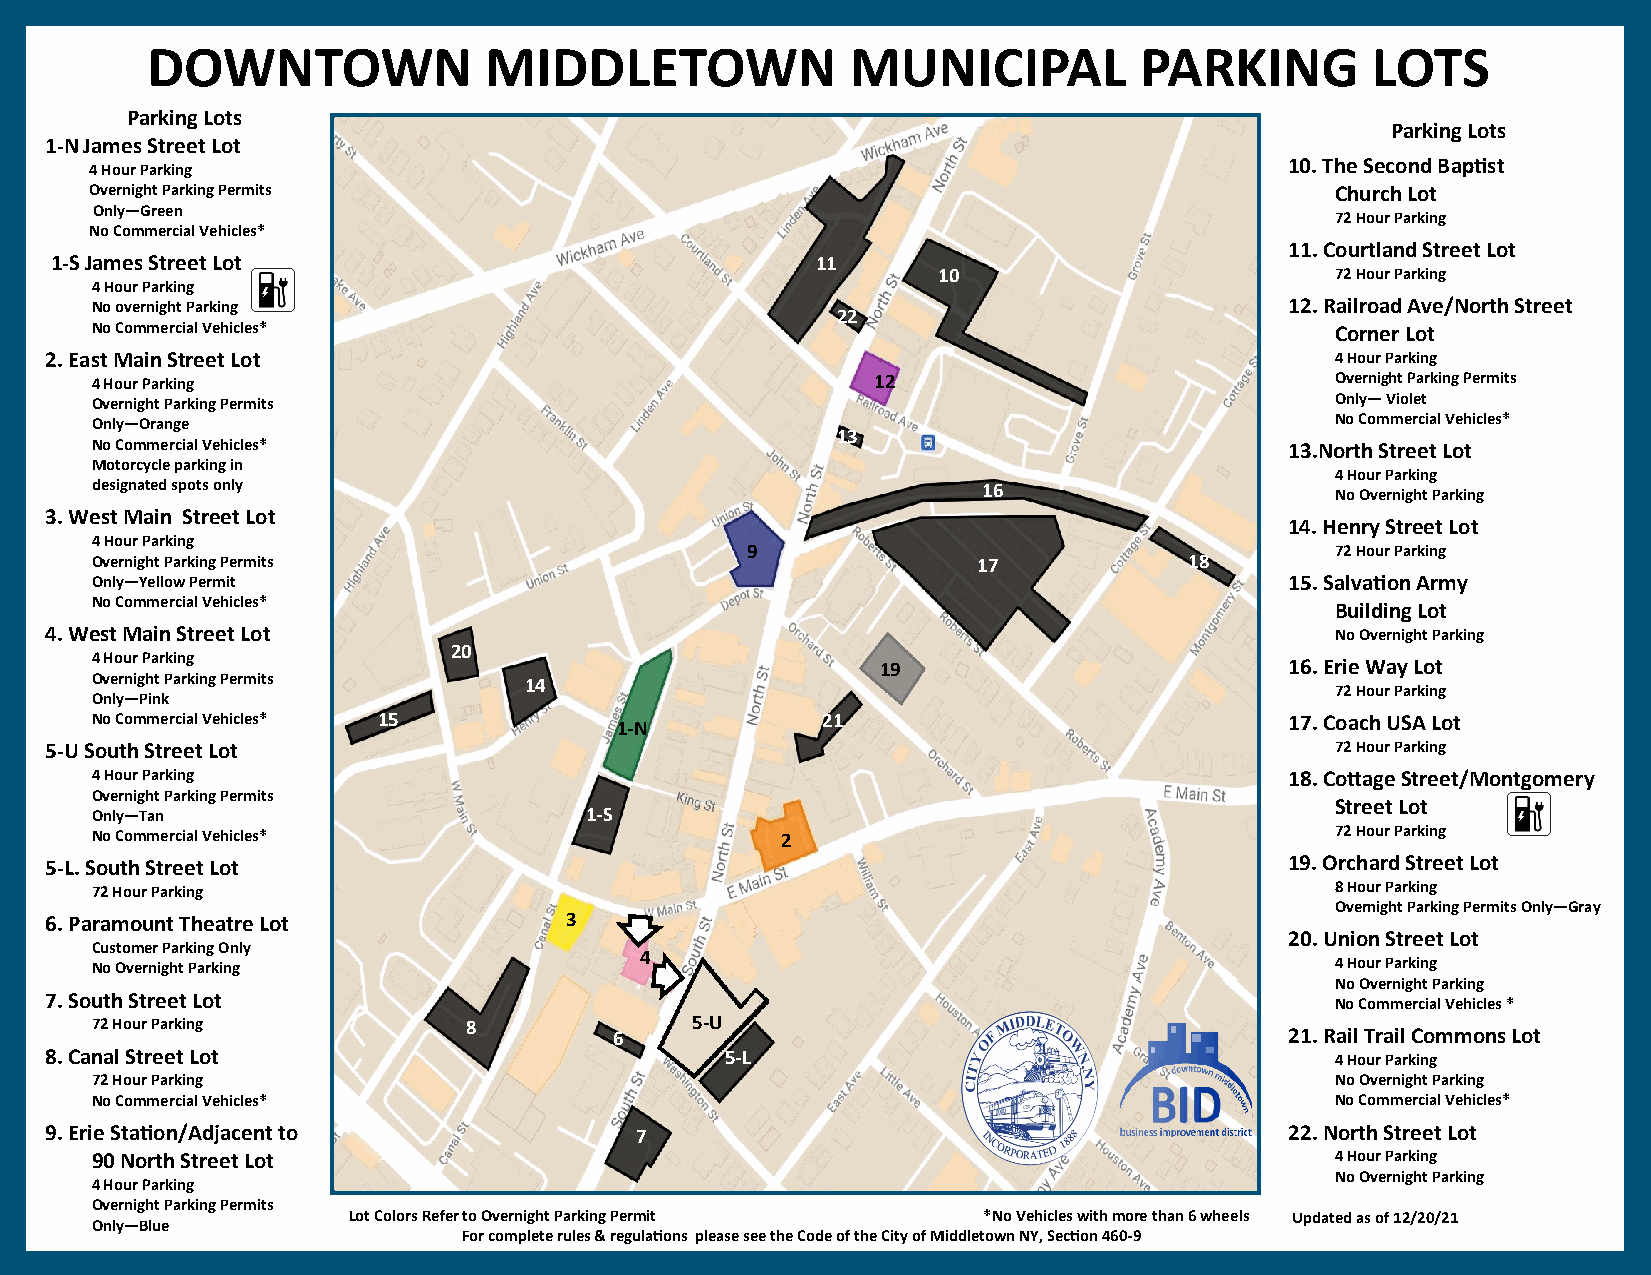
DOWNTOWN              MIDDLETOWN              MUNICIPAL          PARKING         LOTS
 Parking Lots
 Parking Lots
 1-N James Street Lot
 4 Hour Parking
 10. The Second Baptist
 Overnight Parking Permits                                                         Church Lot
 Only—Green
 72 Hour Parking
 No Commercial Vehicles*
 11. Courtland Street Lot
 1-S James Street Lot                               11
 10                        72 Hour Parking
 4 Hour Parking
 No overnight Parking                                                           12. Railroad Ave/North Street
 22
 No Commercial Vehicles*                                                           Corner Lot
 2. East Main Street Lot                                                              4 Hour Parking
 4 Hour Parking                                      12                            Overnight Parking Permits
 Overnight Parking Permits                                                         Only— Violet
 Only—Orange                                                                       No Commercial Vehicles*
 13
 No Commercial Vehicles*                                                        13.North Street Lot
 Motorcycle parking in
 4 Hour Parking
 designated spots only                                      16                     No Overnight Parking
 3. West Main Street Lot
 14. Henry Street Lot
 4 Hour Parking
 9                                      72 Hour Parking
 Overnight Parking Permits                                  17            18
 Only—Yellow Permit                                                             15. Salvation Army
 No Commercial Vehicles*
 Building Lot
 4. West Main Street Lot                                                              No Overnight Parking
 4 Hour Parking
 20
 19                         16. Erie Way Lot
 Overnight Parking Permits    14
 72 Hour Parking
 Only—Pink
 No Commercial Vehicles* 15         1-N          21                             17. Coach USA Lot
 5-U South Street Lot                                                                 72 Hour Parking
 4 Hour Parking                                                                 18. Cottage Street/Montgomery
 Overnight Parking Permits
 Street Lot
 Only—Tan                         1-S
 No Commercial Vehicles*                       2                                   72 Hour Parking
 5-L. South Street Lot                                                             19. Orchard Street Lot
 72 Hour Parking                                                                   8 Hour Parking
 Overnight Parking Permits Only—Gray
 6. Paramount Theatre Lot          3
 20. Union Street Lot
 Customer Parking Only
 No Overnight Parking
 4
 4 Hour Parking
 No Overnight Parking
 7. South Street Lot                                                                  No Commercial Vehicles *
 72 Hour Parking          8              5-U
 6                                           21. Rail Trail Commons Lot
 8. Canal Street Lot                          5-L                                     4 Hour Parking
 72 Hour Parking                                                                   No Overnight Parking
 No Commercial Vehicles*                                                           No Commercial Vehicles*
 9. Erie Station/Adjacent to            7                                          22. North Street Lot
 90 North Street Lot                                                               4 Hour Parking
 4 Hour Parking
 No Overnight Parking
 Overnight Parking Permits
 Lot Colors Refer to Overnight Parking Permit *No Vehicles with more than 6 wheels Updated as of 12/20/21
 Only—Blue
 For complete rules & regulations please see the Code of the City of Middletown NY, Section 460-9